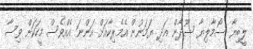
ލީބިޔާ ސޯމާލިޔާ ސޫދާން އަދި ޔަމަނުން އެމެރިކާއަށް އަންނަ އެއްވެސް މީހަކަށް ވިސާ